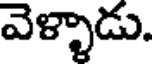
వెళ్ళాడు.